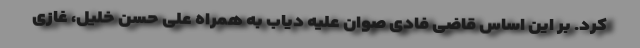
کرد. بر این اساس قاضی فادی صوان علیه دیاب به همراه علی حسن خلیل، غازی